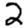
Digit: 2